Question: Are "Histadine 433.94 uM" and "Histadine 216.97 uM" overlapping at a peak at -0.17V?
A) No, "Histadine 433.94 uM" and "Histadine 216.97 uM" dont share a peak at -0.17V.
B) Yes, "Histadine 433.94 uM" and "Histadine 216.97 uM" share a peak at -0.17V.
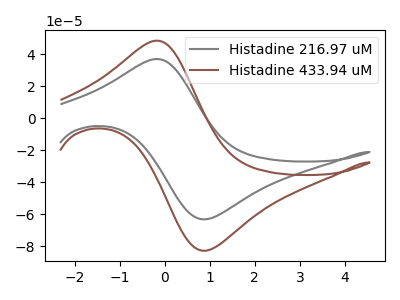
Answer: <think>The gray curve "Histadine 216.97 uM" has an anodic peak at (-0.15V, 36.90uA) and a cathodic peak at (0.95V, -63.05uA). The brown curve "Histadine 433.94 uM" has an anodic peak at (-0.15V, 48.35uA) and a cathodic peak at (0.95V, -82.65uA).</think>
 <answer>B) Yes, "Histadine 433.94 uM" and "Histadine 216.97 uM" share a peak at -0.17V.</answer>
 <eval>B</eval>